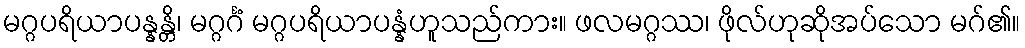
မဂ္ဂပရိယာပန္နန္တိ၊ မဂ္ဂင်္ဂံ မဂ္ဂပရိယာပန္နံဟူသည်ကား။ ဖလမဂ္ဂဿ၊ ဖိုလ်ဟုဆိုအပ်သော မဂ်၏။